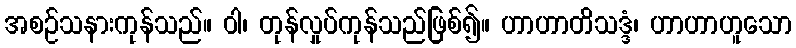
အစဉ်သနားကုန်သည်။ ဝါ၊ တုန်လှုပ်ကုန်သည်ဖြစ်၍။ ဟာဟာတိသဒ္ဒံ၊ ဟာဟာဟူသော